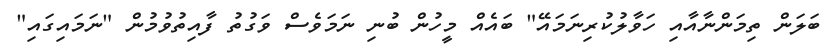
ބަލަން ތިމަންނާއާއި ހަވާލުކުރިނަމައޭ" ބައެއް މީހުން ބުނި ނަމަވެސް ވަގުތު ފާއިތުވުމުން "ނަމައިގައި"